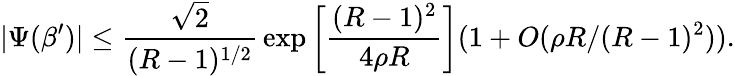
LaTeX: |\Psi(\beta^{\prime})|\leq{\frac{\sqrt{2}}{(R-1)^{1/2}}}\exp\left[{\frac{(R-1)^{2}}{4\rho R}}\right](1+O(\rho R/(R-1)^{2})).